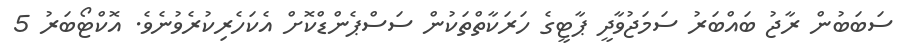
ސަބަބުން ރާޖު ބައްބަރު ސަމަޖުވާދީ ޕާޓީގެ ހަރަކާތްތަކުން ސަސްޕެންޑްކޮށް އެކަހެރިކުރެވުނެވެ. އޮކްޓޯބަރު 5